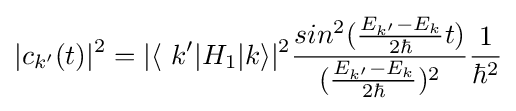
|c_{k'}(t)|^{2}=|\langle \ k'|H_{1}|k\rangle |^{2}{\frac {sin^{2}({\frac {E_{k'}-E_{k}}{2\hbar }}t)}{({\frac {E_{k'}-E_{k}}{2\hbar }})^{2}}}{\frac {1}{\hbar ^{2}}}